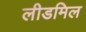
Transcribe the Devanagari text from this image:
लीडमिल